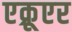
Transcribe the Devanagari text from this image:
एक्रूएर